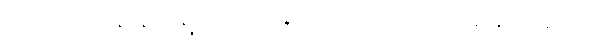
ဝါတသမုဋ္ဌာနာနိ ဂန္တဗ္ဗတ္တာ ပိဝန္တီတိ ဥပါသကကုလာနိ နိဿယေထ